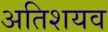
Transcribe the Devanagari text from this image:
अतिशयव